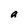
Character: a